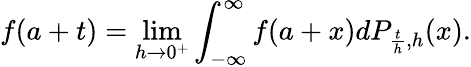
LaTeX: f(a+t)=\operatorname*{lim}_{h\to 0^{+}}\int_{-\infty}^{\infty}f(a+x)dP_{{\frac{t}{h}},h}(x).